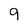
Character: 9